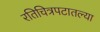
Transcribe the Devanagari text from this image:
रतिचित्रपटातल्या